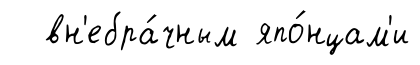
вн'ебра́чным япо́нцам'и